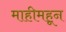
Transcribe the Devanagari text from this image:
माहीमहून